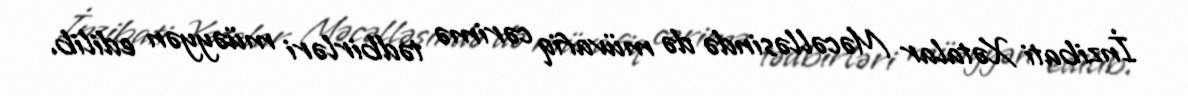
İnzibati Xətalar Məcəlləsində də müvafiq cərimə tədbirləri müəyyən edilib.